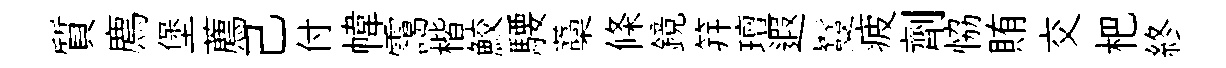
質廌堡薦己付幃靄楷鮫騕藁條鏡笄璮遐鬘疲劑恊賄交杷終